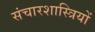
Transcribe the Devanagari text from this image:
संचारशास्त्रियों